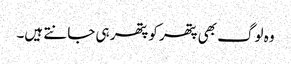
وہ لوگ بھی پتھر کو پتھر ہی جانتے ہیں۔